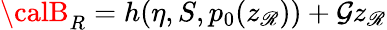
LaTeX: {\calB}_{R}=h(\eta,S,p_{0}(z_{\mathscr{R}}))+\mathcal{G}z_{\mathscr{R}}